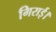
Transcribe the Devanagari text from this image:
गिराई।